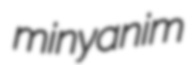
minyanim